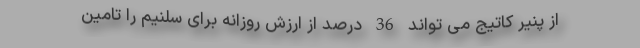
از پنیر کاتیج می تواند 36 درصد از ارزش روزانه برای سلنیم را تامین